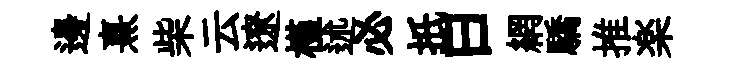
邊熹柴云遼槿述必扺曰網驕推楽